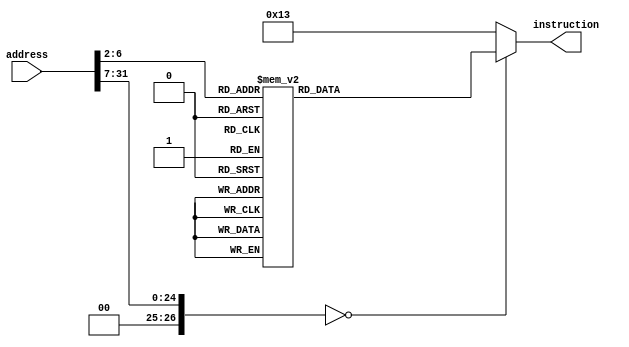
/* Module: instruction_memory
   Description: Instruction memory (ROM)
   Inputs: address - 32-bit address line
   Outputs: instruction - 32-bit instruction line
*/
module instruction_memory #(parameter WIDTH = 32, parameter MEM_DEPTH = 256) (
    input      [WIDTH-1:0] address,
    output reg [WIDTH-1:0] instruction
);

    always @(*) begin
        case(address >> 2)
            32'h0000_0000 : instruction = 32'h01a00093;
            32'h0000_0001 : instruction = 32'h501020a3;
            32'h0000_0002 : instruction = 32'h00500593;
            32'h0000_0003 : instruction = 32'h50002383;
            32'h0000_0004 : instruction = 32'h2003f413;
            32'h0000_0005 : instruction = 32'h20000493;
            32'h0000_0006 : instruction = 32'hfe940ae3;
            32'h0000_0007 : instruction = 32'h50b02123;
            32'h0000_0008 : instruction = 32'h00158593;
            32'h0000_0009 : instruction = 32'h50002103;
            32'h0000_000a : instruction = 32'h10017193;
            32'h0000_000b : instruction = 32'h10000213;
            32'h0000_000c : instruction = 32'hfe418ae3;
            32'h0000_000d : instruction = 32'h50002283;
            32'h0000_000e : instruction = 32'h0ff2f313;
            32'h0000_000f : instruction = 32'h50002103;
            32'h0000_0010 : instruction = 32'h10017193;
            32'h0000_0011 : instruction = 32'h10000213;
            32'h0000_0012 : instruction = 32'hfe418ae3;
            32'h0000_0013 : instruction = 32'h503021a3;
            32'h0000_0014 : instruction = 32'hfa000ee3;
            default : instruction = 32'h00000013;
        endcase
    end

endmodule